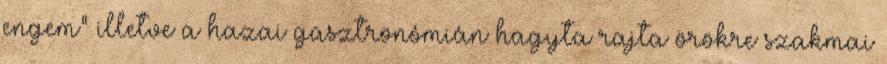
engem” illetve a hazai gasztronómián hagyta rajta örökre szakmai